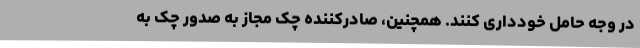
در وجه حامل خودداری کنند. همچنین، صادرکننده چک مجاز به صدور چک به